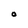
Character: O